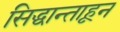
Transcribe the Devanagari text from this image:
सिद्धान्ताहून